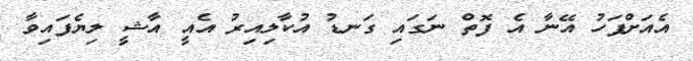
އެއަށްފަހު އޭނާ އެ ފޮތް ނަގައި ގަނޑު އުކާލިއިރު އެއީ އާޝީ ލިޔެފައިވާ